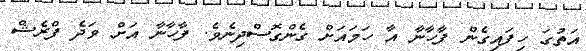
އަތުގަ ހިފައިގެން ފާހާނާ އާ ހަމައަށް ގެންގޮސްދިނެވެ. ފާހާނާ އަށް ވަދެ ފްރެޝް